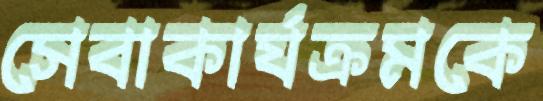
সেবাকার্যক্রমকে